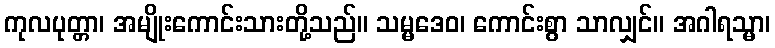
ကုလပုတ္တာ၊ အမျိုးကောင်းသားတို့သည်။ သမ္မဒေဝ၊ ကောင်းစွာ သာလျှင်။ အဂါရသ္မာ၊